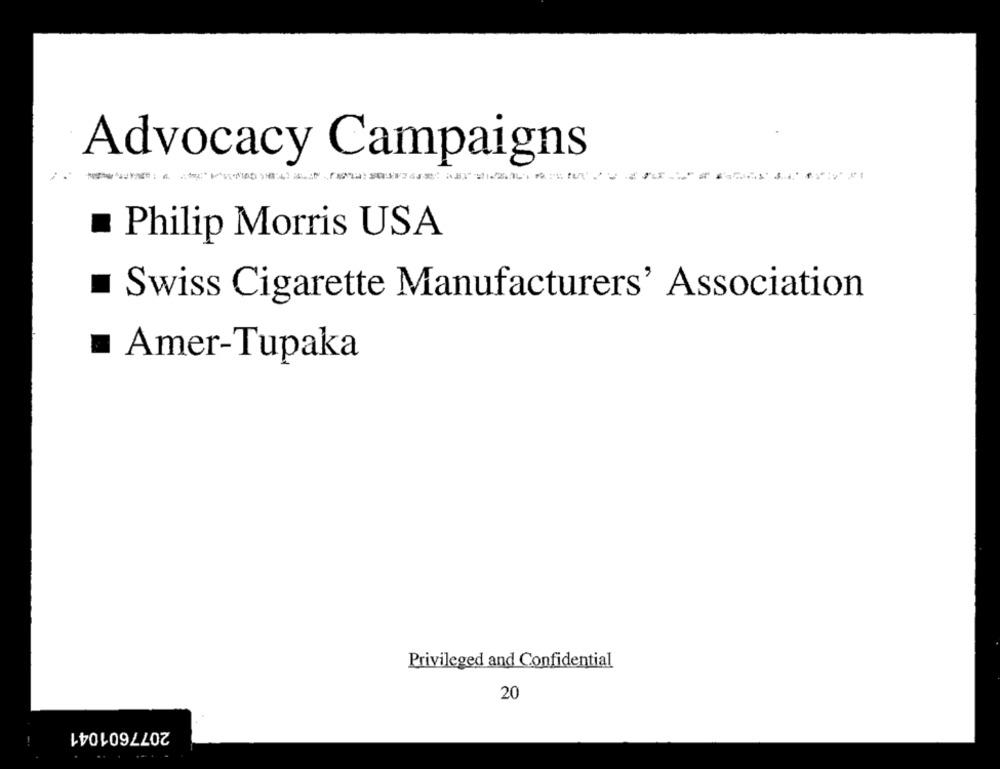
Advocacy Campaigns
...
Philip Morris USA
Swiss Cigarette Manufacturers' Association
= Amer-Tupaka
Privileged and Confidential
20
2077601041